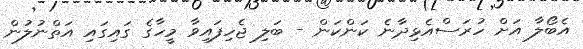
އެބޯލާ އަށް ހުރަސްއެޅިދާނެ ކަންކަން - ބަލި ޖެހިފައިވާ މީހާގެ ގައިގައި އަތްނުލުން